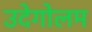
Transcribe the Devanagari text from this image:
उदेगोलम